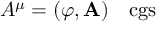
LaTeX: A ^ { \mu } = ( \varphi , \mathbf { A } ) \quad { \mathrm { c g s } }